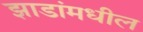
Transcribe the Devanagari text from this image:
झाडांमधील